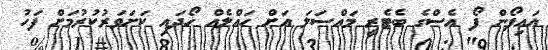
އައިފޯން ފޯ އެސްގެ ބެޓެރީ މައްސަލަ އަށް ހައްލެއް ހޯދައި ކަށަވަރުކުރުމަށް ފަހު